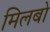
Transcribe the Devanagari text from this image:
मिलबो